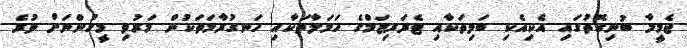
ޖެމީމާ ބުނިގޮތުގައި އެކިއެކި ބަލިތަކާއި ޓެރަރިޒަމްގެ ހަމަލާތަކާއި ހަނގުރާމަތަކުން މަރުވި މީހުންނަށް ވުރެ